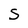
Character: S